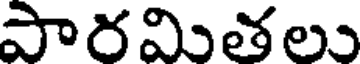
పారమితలు